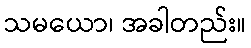
သမယော၊ အခါတည်း။